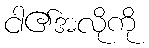
ငါ၏အလိုကို